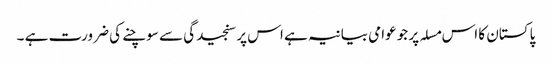
پاکستان کا اس مسلہ پر جو عوامی بیانیہ ہے اس پر سنجیدگی سے سوچنے کی ضرورت ہے ۔